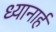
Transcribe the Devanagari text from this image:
ध्यानार्ह